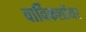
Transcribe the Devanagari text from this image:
वार्विकशॉयर